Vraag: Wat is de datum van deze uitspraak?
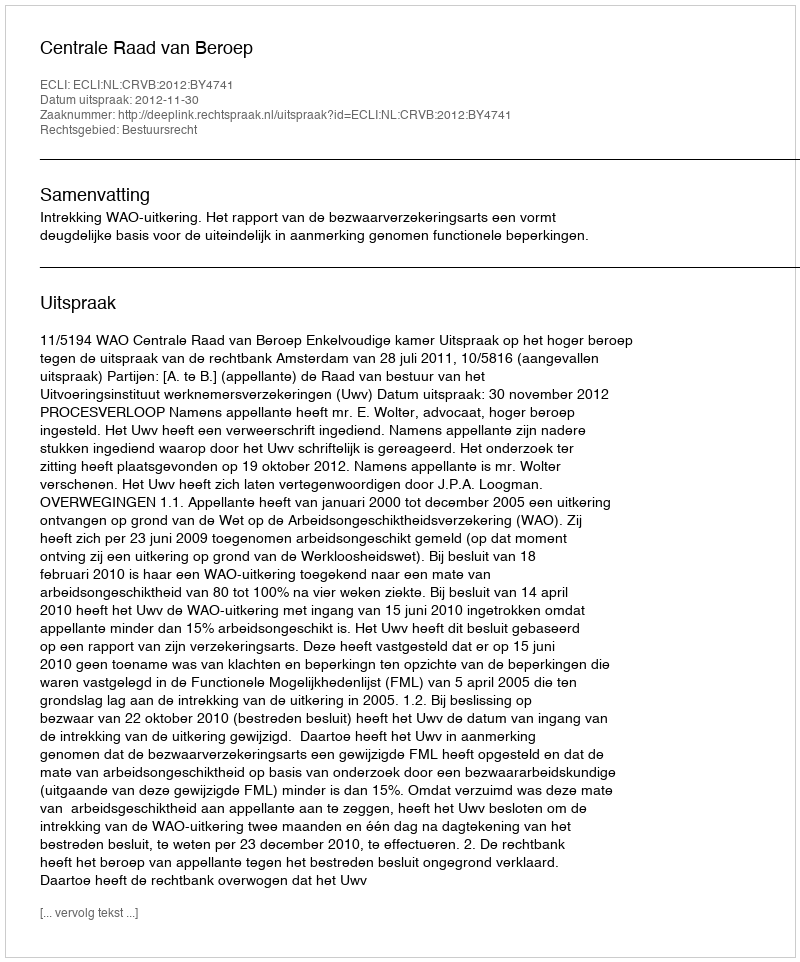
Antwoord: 2012-11-30